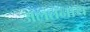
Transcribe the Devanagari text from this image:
अलतनाथ